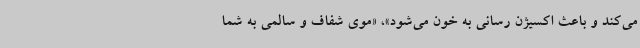
می‌کند و باعث اکسیژن رسانی به خون می‌شود»، «موی شفاف و سالمی به شما